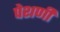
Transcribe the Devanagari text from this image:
पेशणी